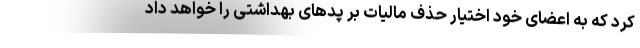
کرد که به اعضای خود اختیار حذف مالیات بر پدهای بهداشتی را خواهد داد